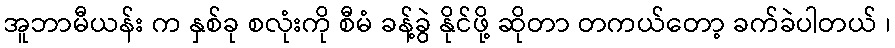
အူဘာမီယန်း က နှစ်ခု စလုံးကို စီမံ ခန့်ခွဲ နိုင်ဖို့ ဆိုတာ တကယ်တော့ ခက်ခဲပါတယ် ၊